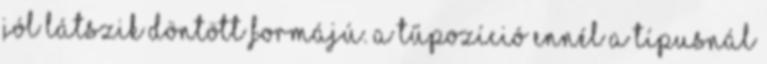
jól látszik döntött formájú. A tűpozíció ennél a típusnál